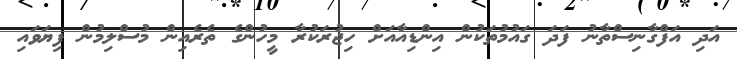
އަދި އަފްގާނިސްތާނު ފަދަ ގައުމުތަކުން އިންޑިއާއަށް ހިޖުރަކުރާ މީހުންގެ ތެރެއިން މުސްލިމުން ފިޔަވައި